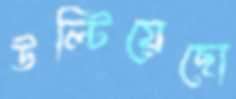
উল্টিয়েছো